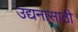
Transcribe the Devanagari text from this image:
उद्यनासाठी